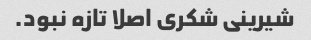
شیرینی شکری اصلا تازه نبود.